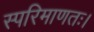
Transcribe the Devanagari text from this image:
स्परिमाणतः।